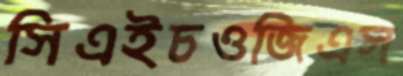
সিএইচওজিএস